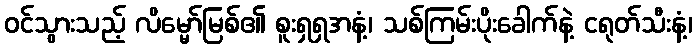
ဝင်သွားသည့် လိမ္မော်မြစ်၏ စူးရှရှအနံ့၊ သစ်ကြမ်းပိုးခေါက်နဲ့ ငရုတ်သီးနံ့၊